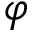
\varphi